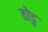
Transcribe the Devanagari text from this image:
तोडु